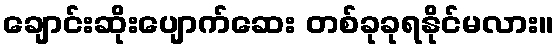
ချောင်းဆိုးပျောက်ဆေး တစ်ခုခုရနိုင်မလား။